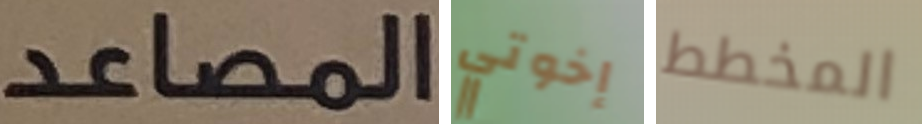
المصاعد إخوتي المخطط